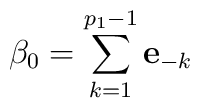
\beta _{0}=\sum_{k=1}^{p_{1}-1}\mathbf{e}_{-k}